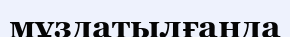
мұздатылғанда